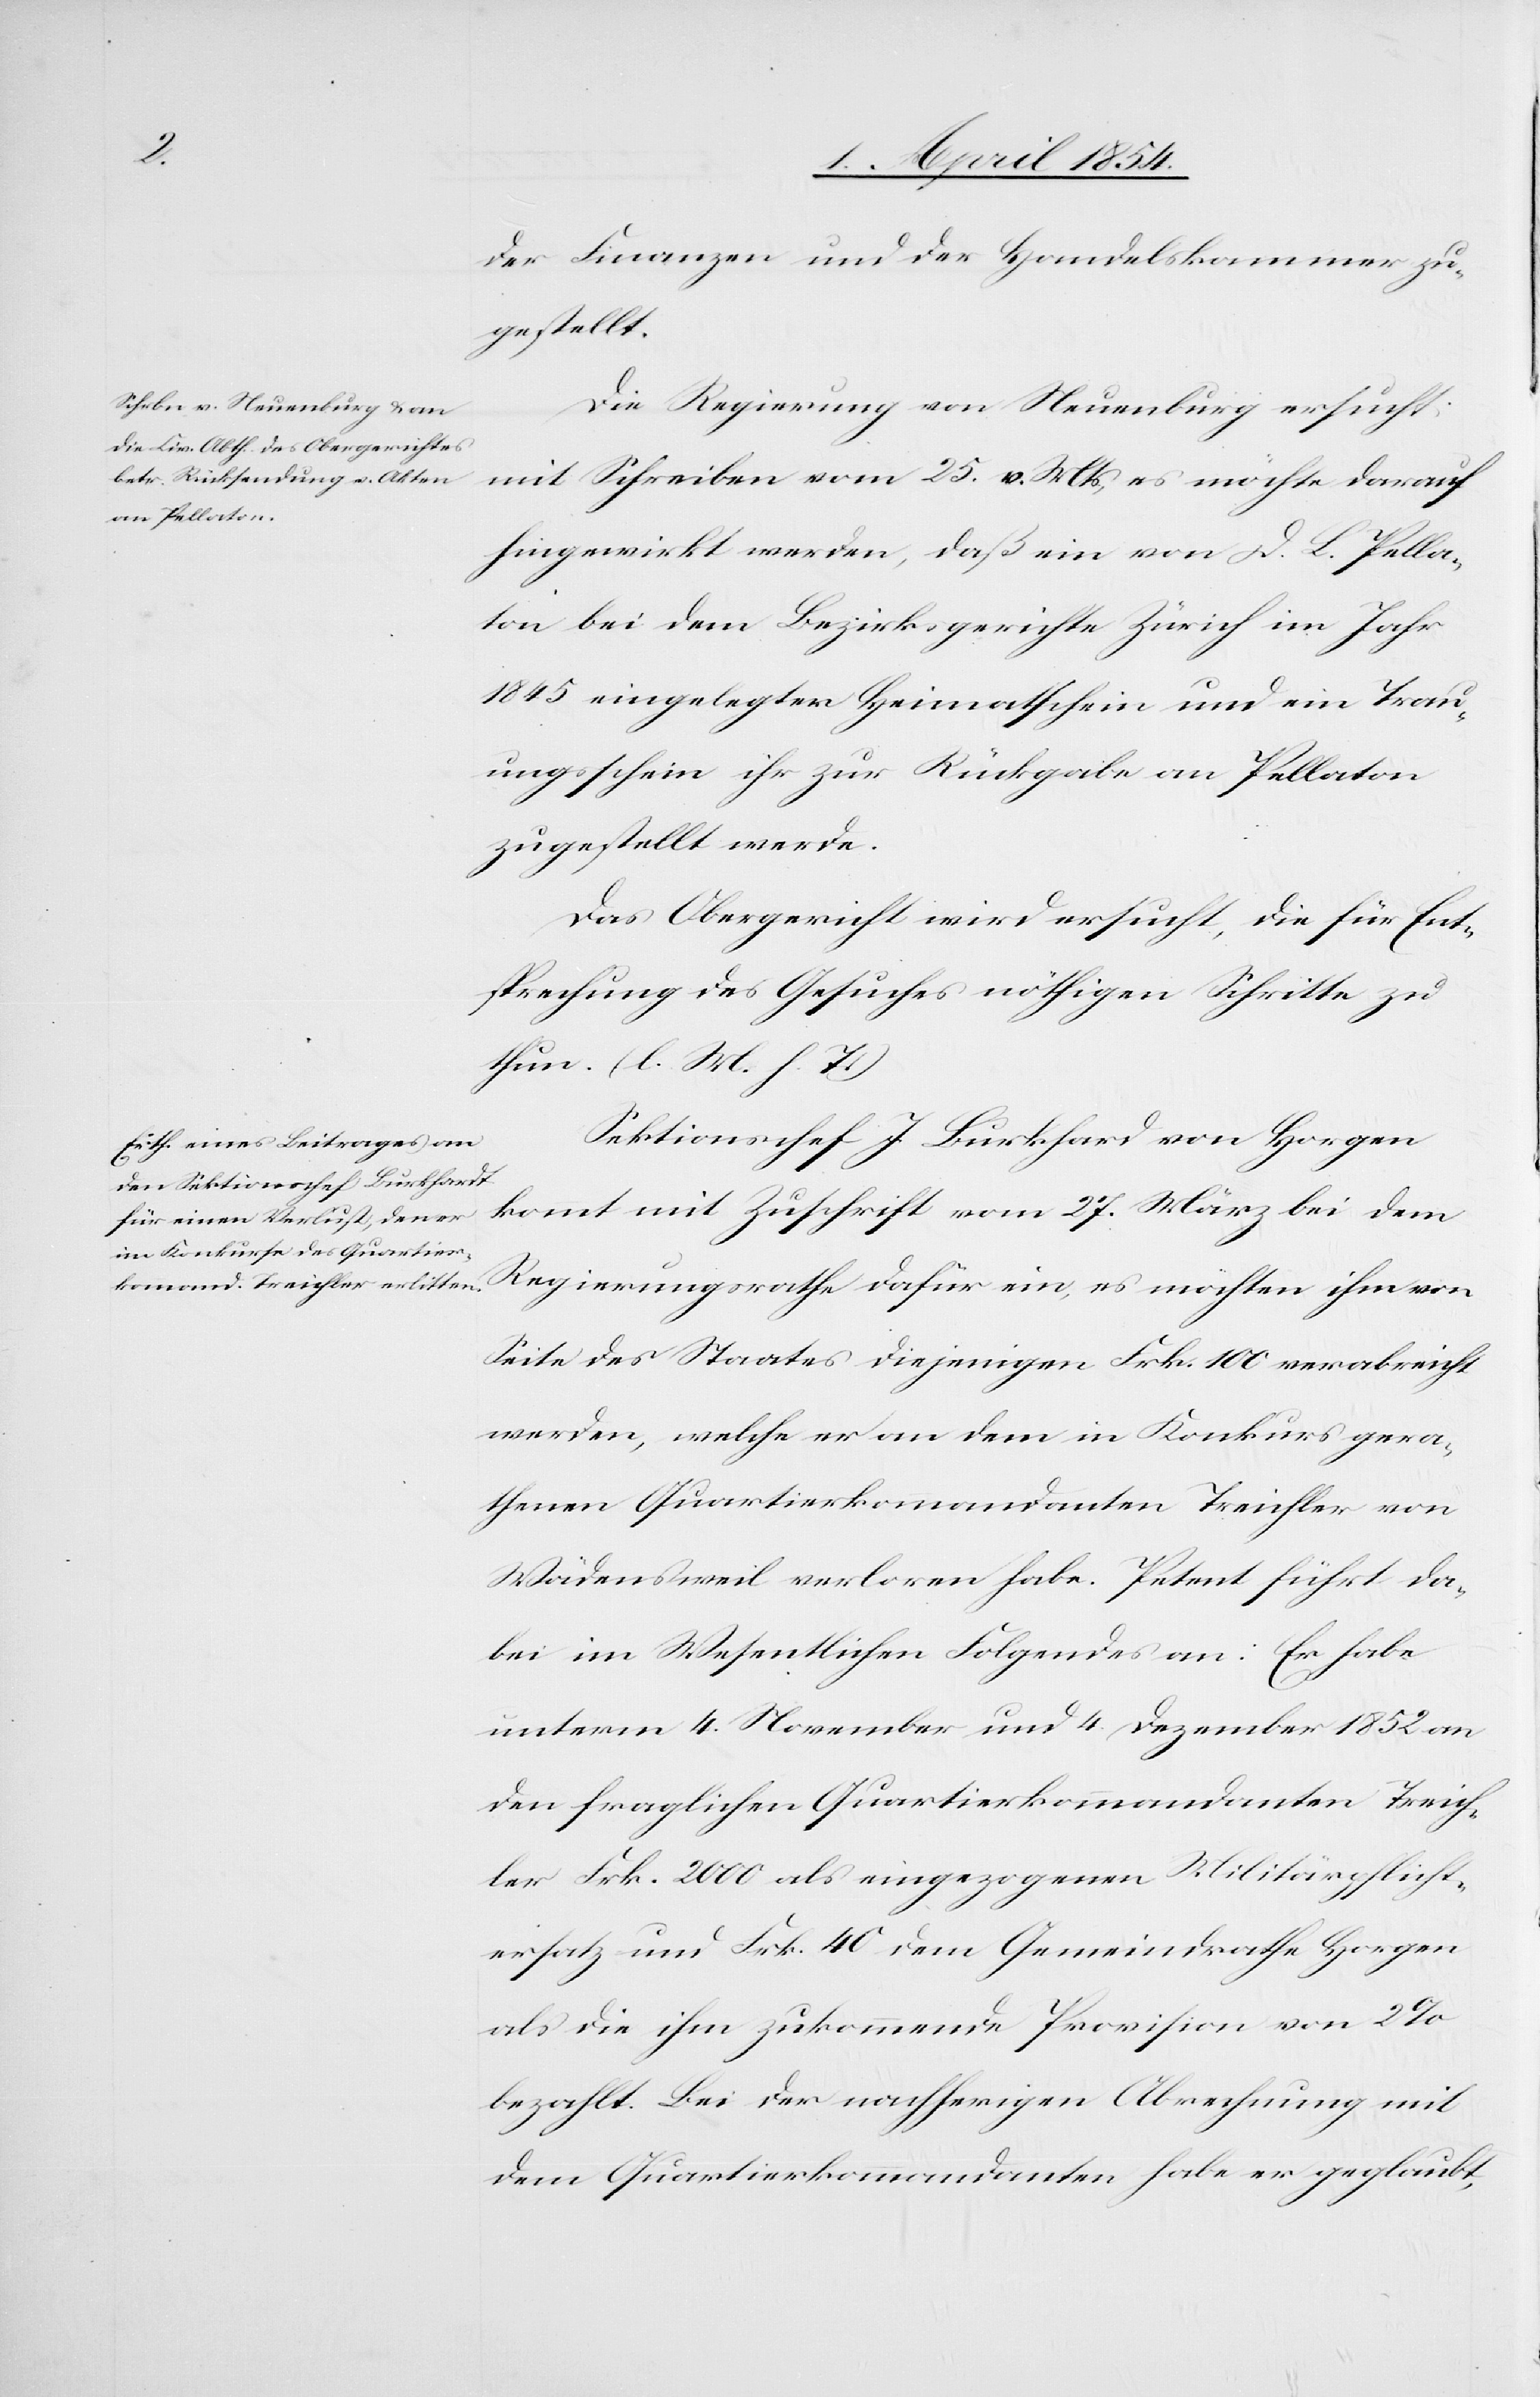
der Finanzen und der Handelskammer zu¬
gestellt.
Die Regierung von Neuenburg ersucht
mit Schreiben vom 25. v. Mts, es möchte darauf
hingewirkt werden, daß ein von D. L. Pella¬
ton bei dem Bezirksgerichte Zürich im Jahr
1845 eingelegter Heimatschein und ein Trau¬
ungsschein ihr zur Rückgabe an Pellaton
zugestellt werde.
Das Obergericht wird ersucht, die für Ent¬
sprechung des Gesuches nöthigen Schritte zu
thun. (l. M. h. T.)
Sektionschef J. Burkhard [sic!] von Horgen
kommt mit Zuschrift vom 27. März bei dem
Regierungsrathe dafür ein, es möchten ihm von
Seite des Staates diejenigen Frk. 100 verabreicht
werden, welche er an dem in Konkurs gera¬
thenen Quartierkommandanten Treichler von
Wädensweil verloren habe. Petent führt da¬
bei im Wesentlichen Folgendes an: Er habe
unterm 4. November und 4. Dezember 1852 an
den fraglichen Quartierkommandanten Treich¬
ler Frk. 2000 als eingezogenen Militärpflicht¬
ersatz und Frk. 40 dem Gemeindrathe Horgen
als die ihm zukommende Provision von 2%
bezahlt. Bei der nachherigen Abrechnung mit
dem Quartierkommandanten habe er geglaubt,